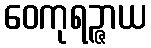
ဝေကုရဉ္ဇာယ